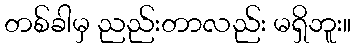
တစ်ခါမှ ညည်းတာလည်း မရှိဘူး။